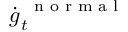
\dot { \boldsymbol g } _ { t } ^ { \mathrm { ~ \scriptsize ~ n ~ o ~ r ~ m ~ a ~ l ~ } }